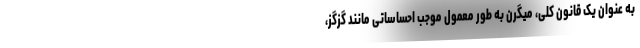
به عنوان یک قانون کلی، میگرن به طور معمول موجب احساساتی مانند گزگز،